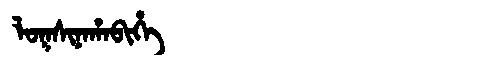
Manchu: ᠯᠣᡴᠰᡳᠨᠠᡥᠠᠪᡳᡥᡝ
Romanization: LOKSINAHABIHE